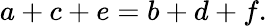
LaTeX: a+c+e=b+d+f.